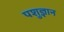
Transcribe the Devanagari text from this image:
पशुज्ञान